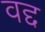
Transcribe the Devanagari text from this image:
वद्द